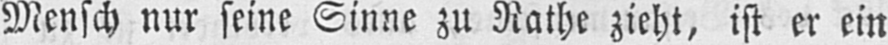
Mensch nur seine Sinne zu Rathe zieht, ist er ein